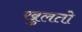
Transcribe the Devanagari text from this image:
खुलतो